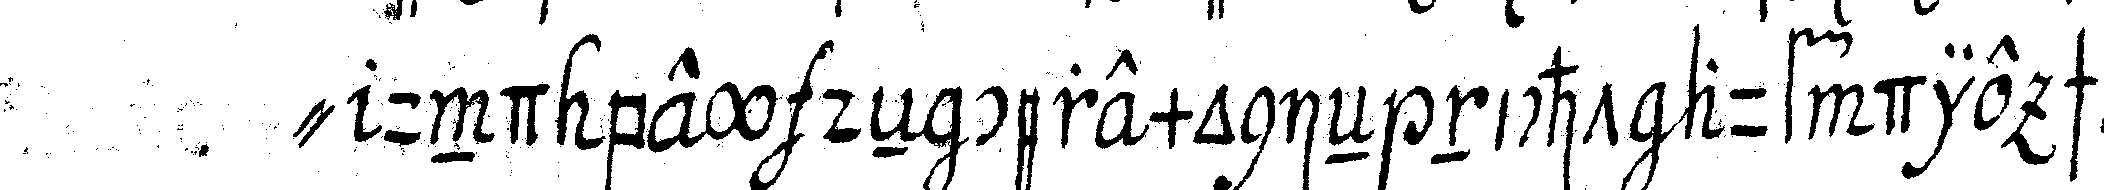
" und bey deN ceremonieN nicht auf die schaleN